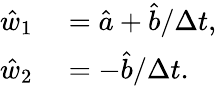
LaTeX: \begin{array}{rl}{\hat{w}_{1}}&{{}=\hat{a}+\hat{b}/\Delta t,}\\ {\hat{w}_{2}}&{{}=-\hat{b}/\Delta t.}\end{array}